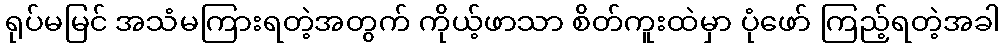
ရုပ်မမြင် အသံမကြားရတဲ့အတွက် ကိုယ့်ဖာသာ စိတ်ကူးထဲမှာ ပုံဖော် ကြည့်ရတဲ့အခါ